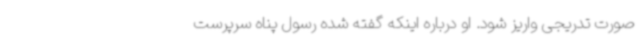
صورت تدریجی واریز شود. او درباره اینکه گفته شده رسول پناه سرپرست